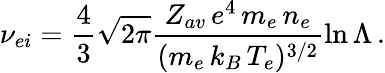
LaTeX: \nu_{ei}=\frac{4}{3}\sqrt{2\pi}\frac{Z_{av}\, e^{4}\, m_{e}\, n_{e}}{(m_{e}\, k_{B}\, T_{e})^{3/2}}\ln{\Lambda}\, .